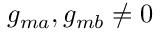
g _ { m a } , g _ { m b } \neq 0